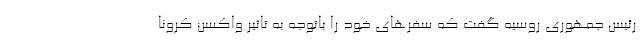
رئیس جمهوری روسیه گفت که سفرهای خود را باتوجه به تاثیر واکسن کرونا